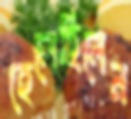
হেলেছিলেন